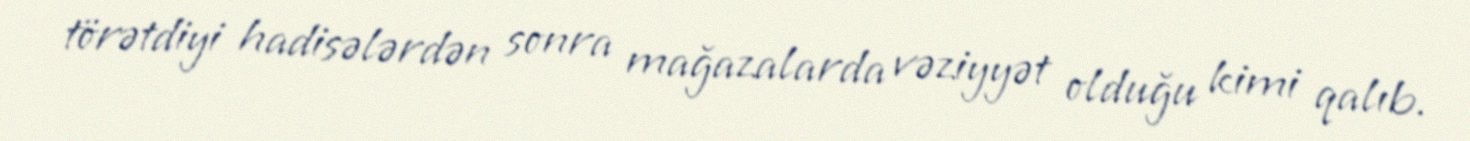
törətdiyi hadisələrdən sonra mağazalarda vəziyyət olduğu kimi qalıb.